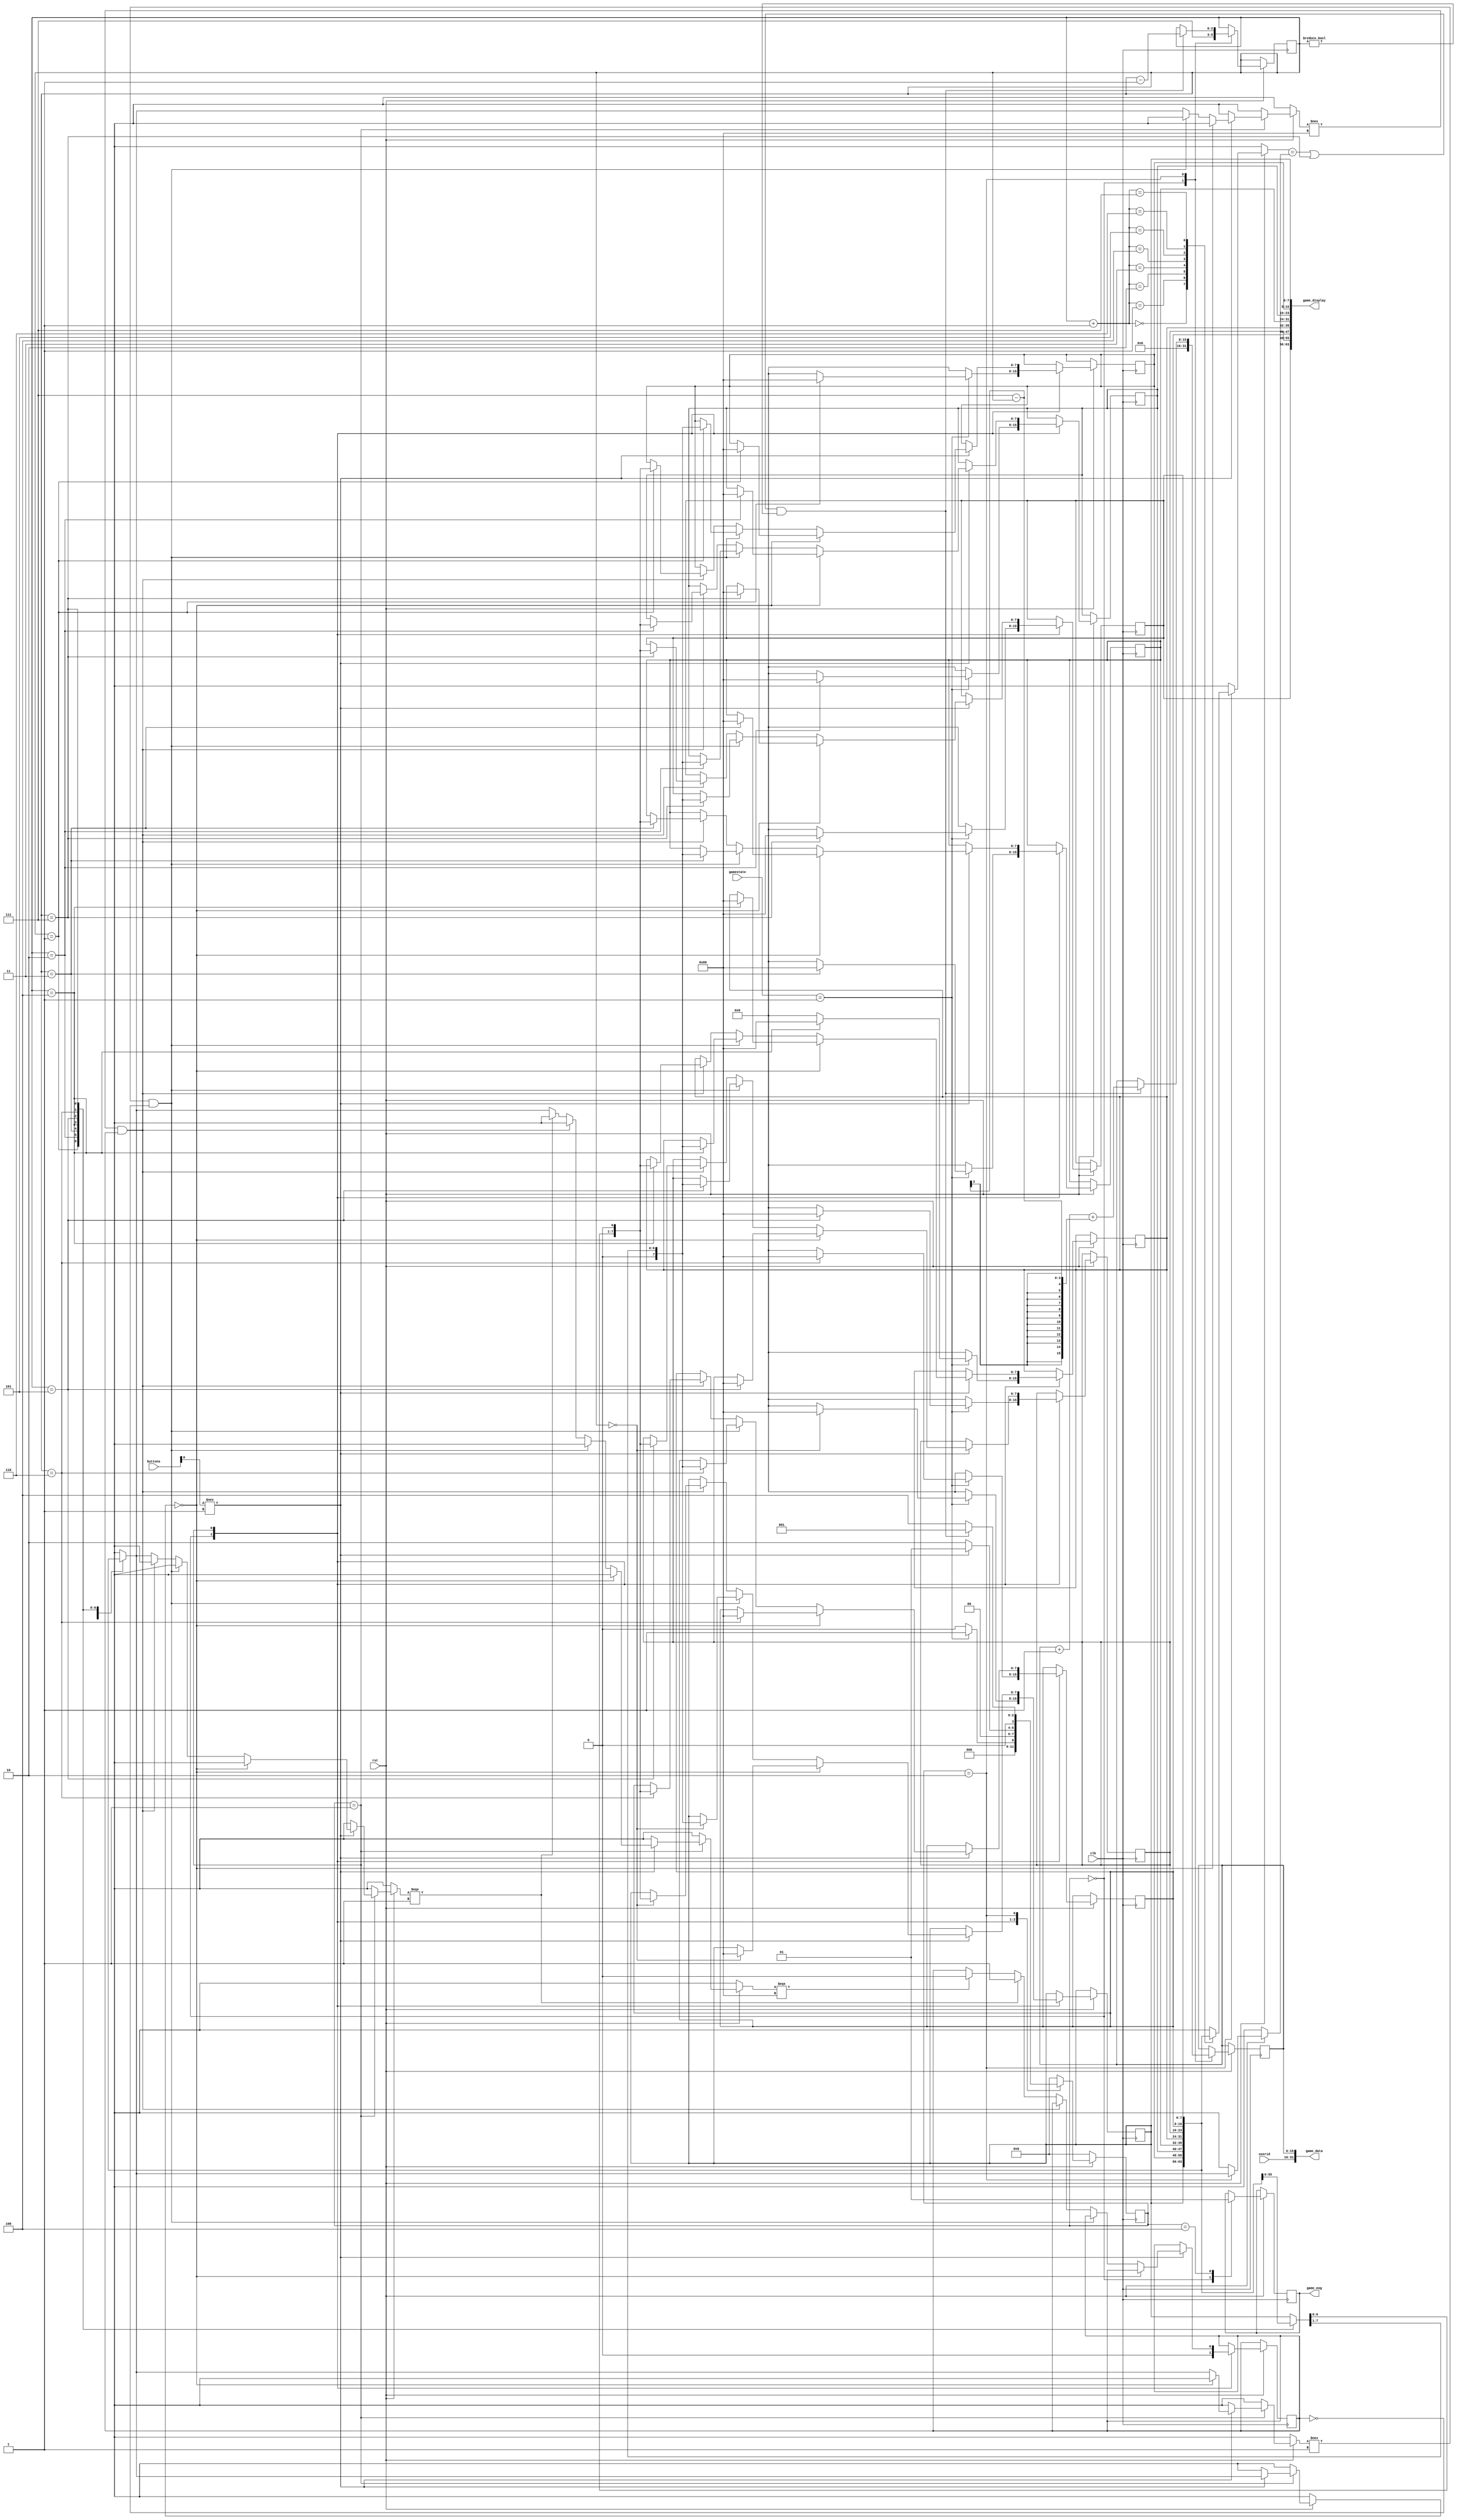


module GameStacker(
	input [0:0] clk, // timer
	input [0:0] rst,
	input [2:0] buttons,
	input [15:0] userid,
	input [1:0] gamestate,
	output reg [0:0] game_eog,
	//output reg [7:0] timer_reconfig_fb,
	output [63:0] game_display,
	output [31:0] game_data);

	reg [7:0] game_table[7:0]; 
	reg [15:0] game_score; 
	reg [2:0] lineIndex, xCount, stackPos;
	reg direction;

	parameter INIT = 0, 
			  SHIFT = 1, 
		      PLACE = 2, 
			  EOG = 4;

	reg [3:0] State; 

	always @ (posedge clk) begin
		if(!rst) begin
			State <= INIT; 
		end
		else begin
			case(State)
				INIT: begin
					game_table[0] = 8'b00000000; 
					game_table[1] = 8'b00000000;
					game_table[2] = 8'b00000000;
					game_table[3] = 8'b00000000;
					game_table[4] = 8'b00000000;
					game_table[5] = 8'b00000000;
					game_table[6] = 8'b00000000; 
					game_table[7] = 8'b00000000;
					lineIndex <= 7;
					direction <= 0;
					game_score <= 0; 
					game_eog <= 0; 
					if(gamestate == 2'b01) begin  // begin game 
						game_table[lineIndex] <= 8'b10000000;
						State <= SHIFT;
					end else begin
						State <= INIT; 
					end
				end
				SHIFT: begin
					if(buttons[0] !== 1'b1) begin
						//shift
						if(game_table[lineIndex] == 8'b00000000) begin
							game_table[lineIndex] <= 8'b10000000;
						end else if(game_table[lineIndex] !== 8'b00000001 && direction == 0) begin 
							game_table[lineIndex] <= game_table[lineIndex] >> 1;
						end else if(game_table[lineIndex] !== 8'b10000000 && direction == 1) begin
							game_table[lineIndex] <= game_table[lineIndex] << 1; 
						end else if (game_table[lineIndex] === 8'b00000001) begin
							direction <=1; 
						end else if (game_table[lineIndex] === 8'b10000000) begin
							direction <=0; 
						end else begin
							// do nothing actually 
						end
						State <= SHIFT; 
					end else begin
						State <= PLACE; 
					end
				end
				PLACE: begin

					if((game_table[lineIndex+1] == game_table[lineIndex] || lineIndex == 7) && lineIndex != 0) begin
						lineIndex <= lineIndex -1;
						game_score <= game_score + 1 + (7 - lineIndex);  
						State <= SHIFT; 
					end else begin
						State <= EOG; 
					end
				end
				EOG: begin
					game_eog <= 1;
					State <= INIT; // needs to be handeld in  case of new game.. handled by always block
				end
				default: begin
					State <= INIT;
				end
			endcase
		end
	end

	assign game_data = {userid, game_score};
	assign game_display ={
		game_table[7],
		game_table[6],
		game_table[5],
		game_table[4],
		game_table[3],
		game_table[2],
		game_table[1],
		game_table[0]
	};

endmodule